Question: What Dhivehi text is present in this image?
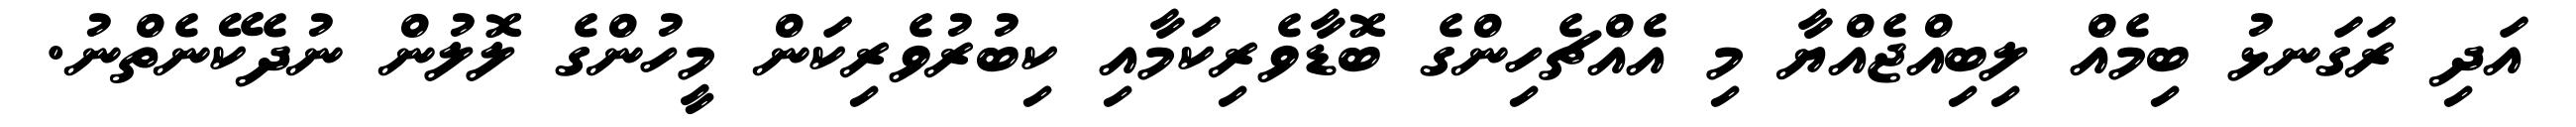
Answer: އަދި ރަގަނޅު ބިމެއް ލިބިއްޖެއްޔާ މި އެއްޗެހިންގެ ބޮޑާވެރިކަމާއި ކިބުރުވެރިކަން މީހުންގެ ލޮލުން ނުދެކޭނެތްނު.